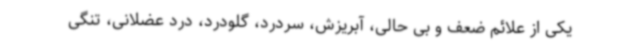
یکی از علائم ضعف و بی حالی، آبریزش، سردرد، گلودرد، درد عضلانی، تنگی